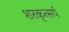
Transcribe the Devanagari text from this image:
शरकृत्‍सर्प